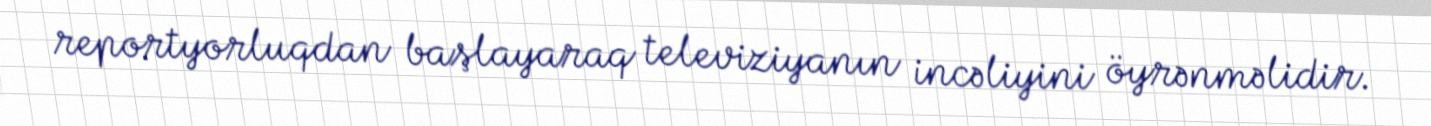
reportyorluqdan başlayaraq televiziyanın incəliyini öyrənməlidir.